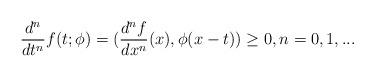
LaTeX: \begin{align*}\frac{d^{n}}{dt^{n}} f(t;\phi ) =(\frac{d^{n}f}{dx^{n}}(x),\phi (x - t)) \geq 0, n = 0,1,...\end{align*}